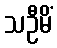
သဦမိံ